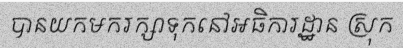
បានយកមករក្សាទុកនៅអធិការដ្ឋាន ស្រុក